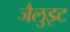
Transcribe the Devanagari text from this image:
जैलुइट